Newspaper: The Arizona sentinel. [volume]
Place of publication: Arizona City [Yuma], Yuma County, A.T. [Ariz.]
Publisher: C.I. Minor
Date: 1890-10-18 00:00:00
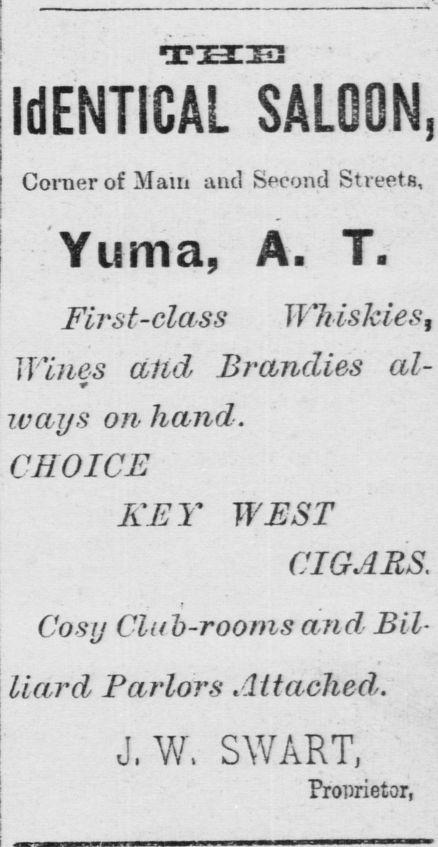
Advertisement text (OCR):
IdENTICAL SALOON, Corner of Mam and Second Streets, -.'Yuma, A- T. First-clctss Wliishies, Wines ctlid Bicbndies al ways on hand. CHOICE KEY WEST CIGARS. Cosy Clui-rooms and Bil liard Parlors AttacJied. J.W. SWART, ' Proprietor,
Label: text-only